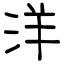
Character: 洋